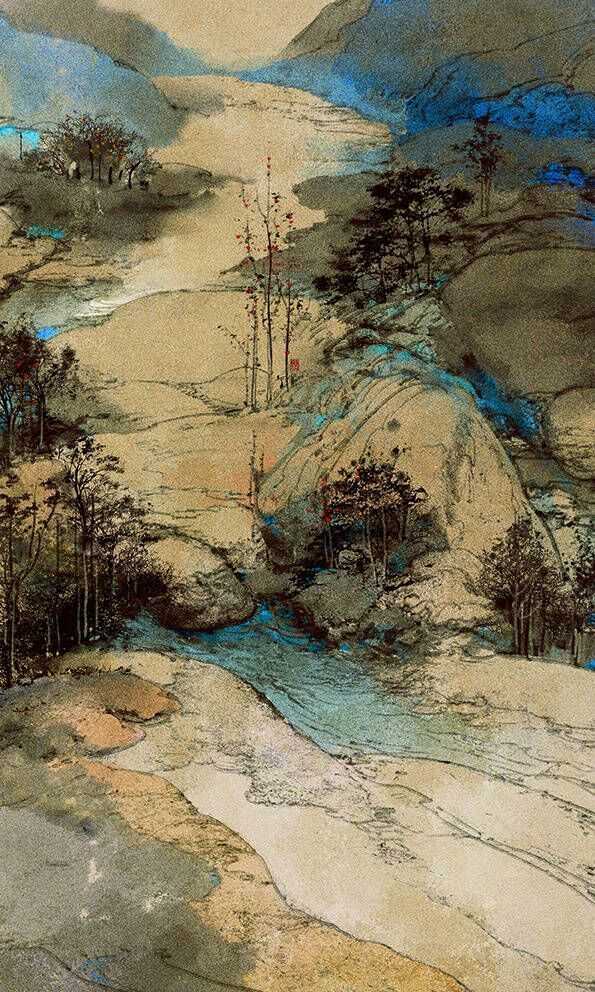
槲叶落山路，枳花明驿墙。